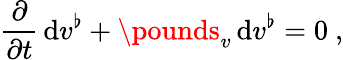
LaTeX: \frac\partial{\partial t}\, \mathrm{d}v^{\flat}+\pounds_{v}\, \mathrm{d}v^{\flat}=0\ ,